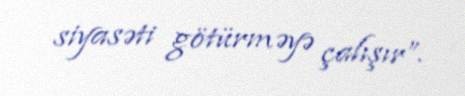
siyasəti götürməyə çalışır”.